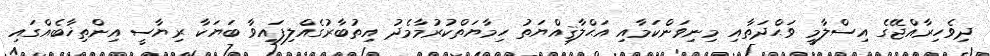
ދިވެހިރާއްޖޭގެ އިސްލާމީ ވަޙްދަތާއި މިނިވަންކަމާއި އަޙްލާޤިއްޔަތު ހިމާޔަތްކުރުމާމެދު އިތުބާރުގެއްލިފައިވާ ބަޔަކާ ރިޔާސީ އިންތިޚާބެއްގައި